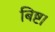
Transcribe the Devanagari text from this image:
बिष्ट।